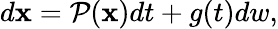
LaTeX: \begin{array}{r}{d\mathbf{x}=\mathcal{P}(\mathbf{x})dt+g(t)dw,}\end{array}